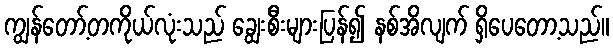
ကျွန်တော့်တကိုယ်လုံးသည် ချွေးစီးများပြန်၍ နစ်အိလျက် ရှိပေတော့သည်။